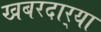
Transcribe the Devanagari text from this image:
खबरदार्‍या